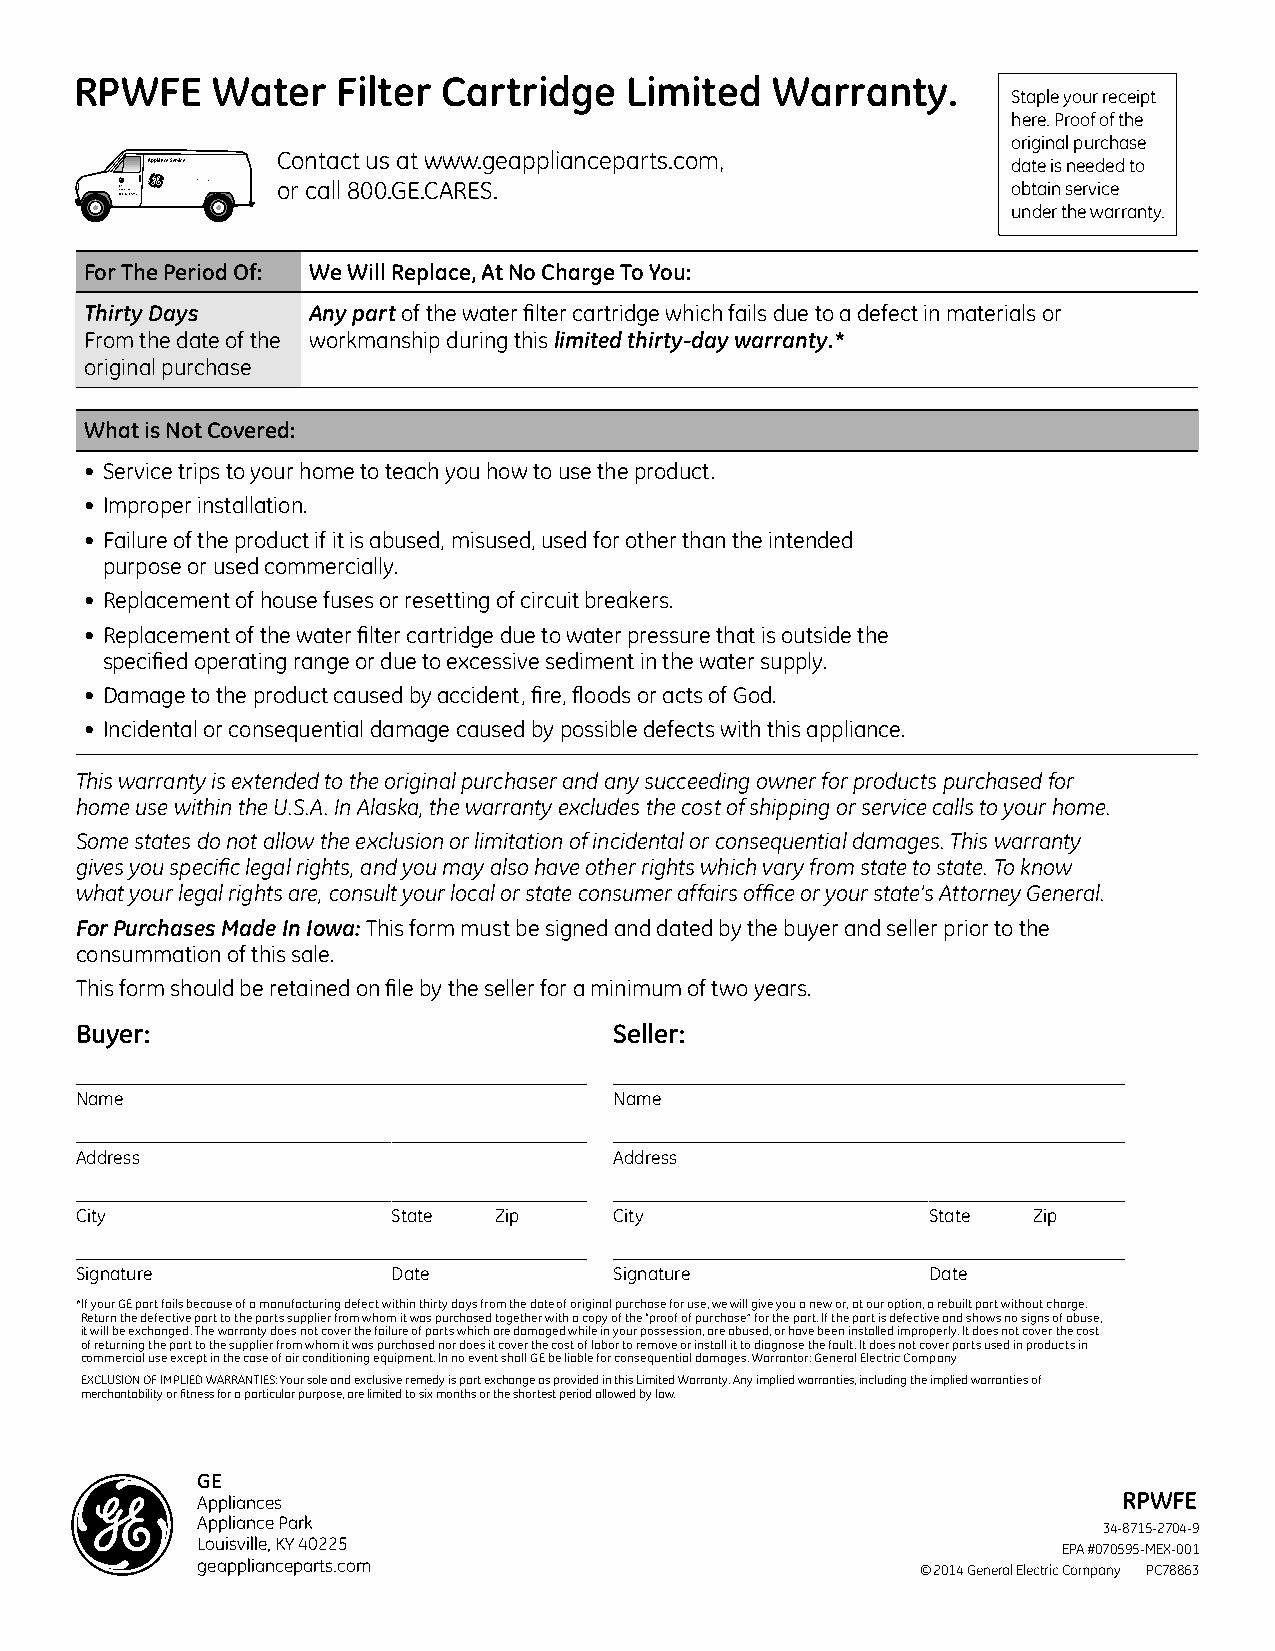
RPWFE    Water   Filter Cartridge   Limited   Warranty.
 Staple your receipt
 here. Proof of the
 original purchase
 Contact us at www.geapplianceparts.com,
 Appliance Service                                        date is needed to
 8GApE 0p 0li-aGncEe-sCARES or call 800.GE.CARES.           obtain service
 under the warranty.
 For The Period Of: We Will Replace, At No Charge To You:
 Thirty Days   Any part of the water filter cartridge which fails due to a defect in materials or
 From the date of the workmanship during this limited thirty-day warranty.*
 original purchase
 What is Not Covered:
 • Service trips to your home to teach you how to use the product.
 • Improper installation.
 • Failure of the product if it is abused, misused, used for other than the intended
 purpose or used commercially.
 • Replacement of house fuses or resetting of circuit breakers.
 • Replacement of the water filter cartridge due to water pressure that is outside the
 specified operating range or due to excessive sediment in the water supply.
 • Damage to the product caused by accident, fire, floods or acts of God.
 • Incidental or consequential damage caused by possible defects with this appliance.
 This warranty is extended to the original purchaser and any succeeding owner for products purchased for
 home use within the U.S.A. In Alaska, the warranty excludes the cost of shipping or service calls to your home.
 Some states do not allow the exclusion or limitation of incidental or consequential damages. This warranty
 gives you specific legal rights, and you may also have other rights which vary from state to state. To know
 what your legal rights are, consult your local or state consumer affairs office or your state’s Attorney General.
 For Purchases Made In Iowa: This form must be signed and dated by the buyer and seller prior to the
 consummation of this sale.
 This form should be retained on file by the seller for a minimum of two years.
 Buyer:                              Seller:
 Name                                Name
 Address                             Address
 City                 State  Zip     City                State  Zip
 Signature            Date           Signature           Date
 * If your GE part fails because of a manufacturing defect within thirty days from the date of original purchase for use, we will give you a new or, at our option, a rebuilt part without charge.
 Return the defective part to the parts supplier from whom it was purchased together with a copy of the “proof of purchase” for the part. If the part is defective and shows no signs of abuse,
 it will be exchanged. The warranty does not cover the failure of parts which are damaged while in your possession, are abused, or have been installed improperly. It does not cover the cost
 of returning the part to the supplier from whom it was purchased nor does it cover the cost of labor to remove or install it to diagnose the fault. It does not cover parts used in products in
 commercial use except in the case of air conditioning equipment. In no event shall GE be liable for consequential damages. Warrantor: General Electric Company
 EXCLUSION OF IMPLIED WARRANTIES: Your sole and exclusive remedy is part exchange as provided in this Limited Warranty. Any implied warranties, including the implied warranties of
 merchantability or fitness for a particular purpose, are limited to six months or the shortest period allowed by law.
 GE
 Appliances                                                   RPWFE
 Appliance Park
 34-8715-2704-9
 Louisville, KY 40225
 EPA #070595-MEX-001
 geapplianceparts.com                            © 2014 General Electric Company PC78863